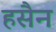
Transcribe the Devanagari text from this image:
हसैन